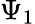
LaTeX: \Psi_{1}